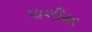
પાલીયા